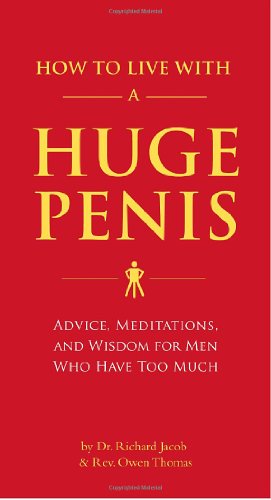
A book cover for How to Live with a Huge Penis; Dr. Richard Jacob; Humor & Entertainment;